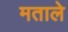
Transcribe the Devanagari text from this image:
मताले